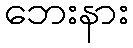
ဘေးနား